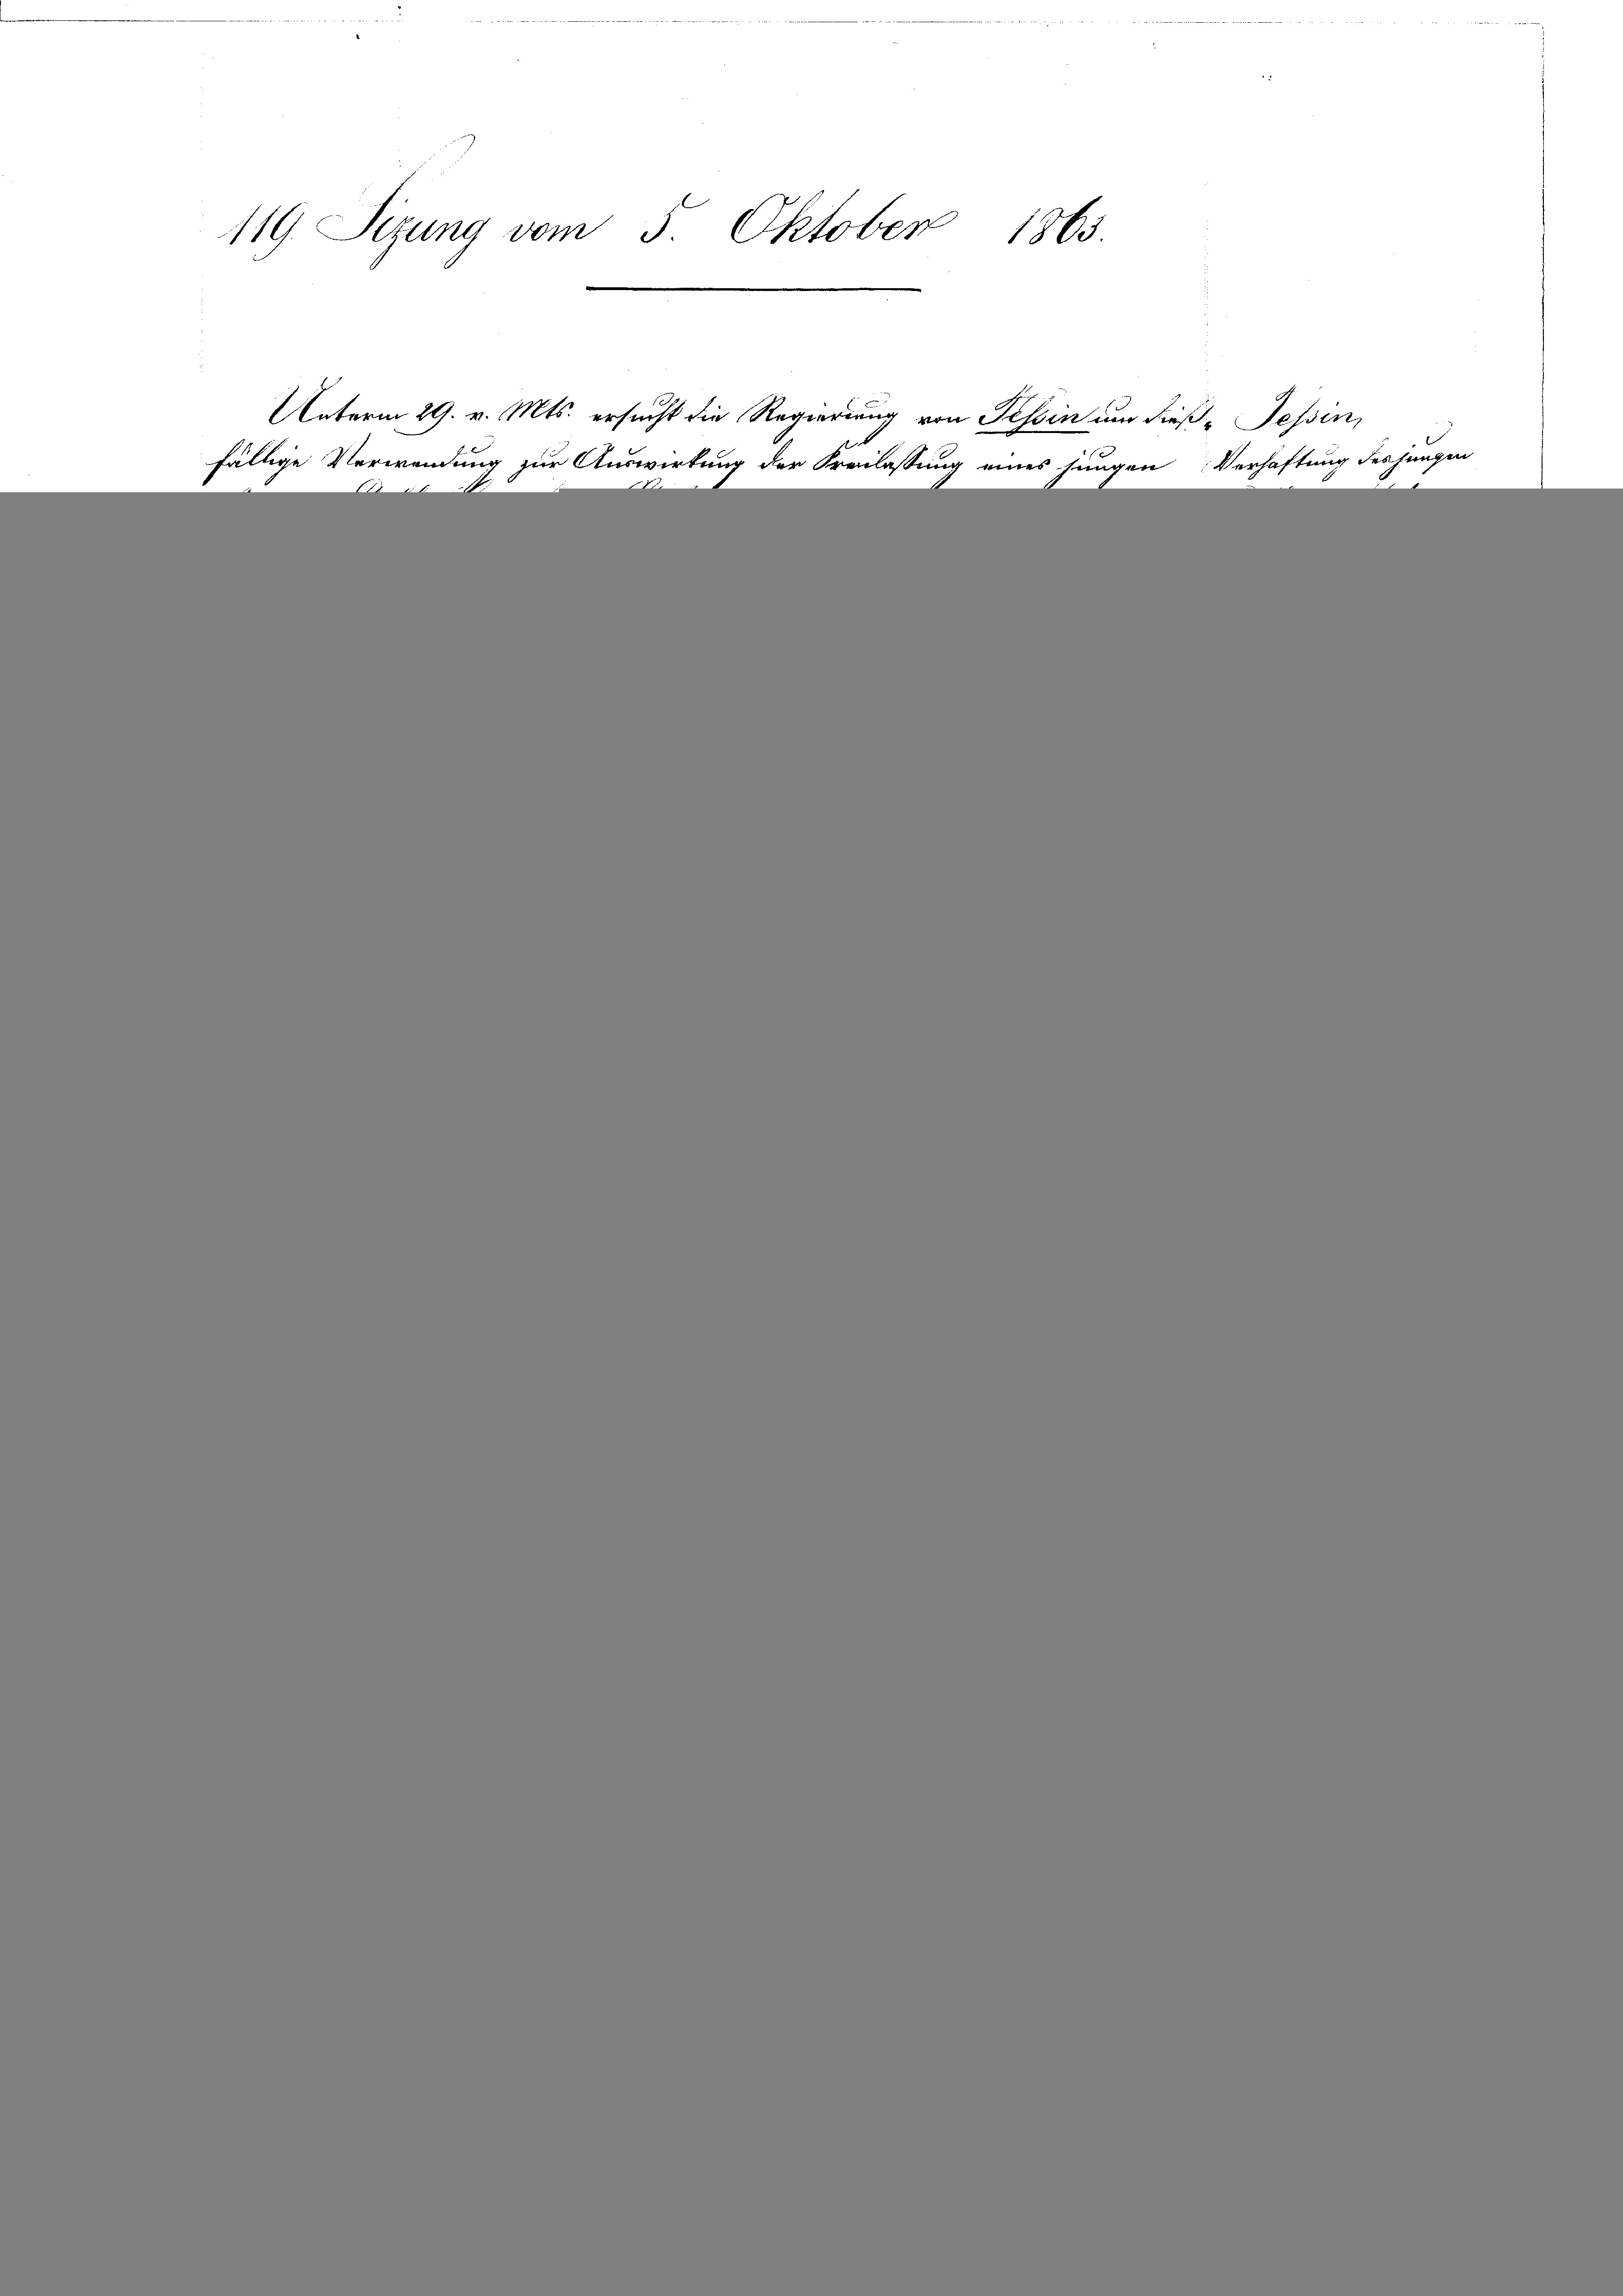
119 Sizung vom 5. Oktober 1863.

Unterm 29. v. Mts. ersucht die Regierung von Tessin um dieß-Tessin,
fällige Verwendung zur Auswirkung der Freilassung eines jungen Verhaftung des jungen